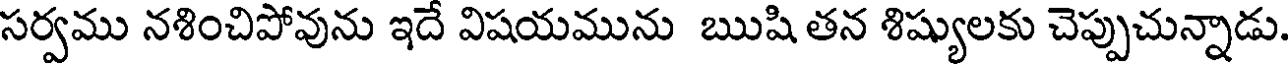
సర్వము నశించిపోవును ఇదే విషయమును ఋషి తన శిష్యులకు చెప్పుచున్నాడు.